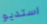
استديو